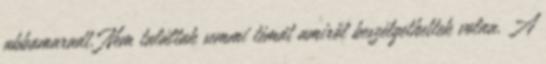
abbamaradt. Nem találtak semmi témát amiről beszélgethettek volna. A